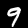
Digit: 9